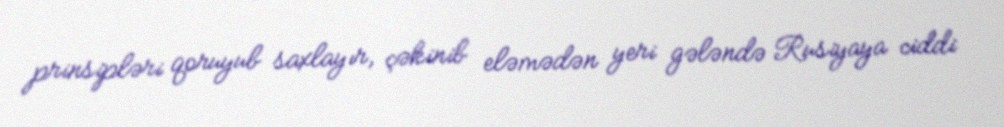
prinsipləri qoruyub saxlayır, çəkinib eləmədən yeri gələndə Rusiyaya ciddi